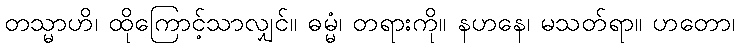
တသ္မာဟိ၊ ထိုကြောင့်သာလျှင်။ ဓမ္မံ၊ တရားကို။ နဟနေ၊ မသတ်ရာ။ ဟတော၊